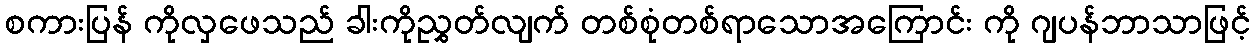
စကားပြန် ကိုလှဖေသည် ခါးကိုညွှတ်လျက် တစ်စုံတစ်ရာသောအကြောင်း ကို ဂျပန်ဘာသာဖြင့်